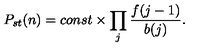
P _ { s t } ( n ) = c o n s t \times \prod _ { j } \frac { f ( j - 1 ) } { b ( j ) } .